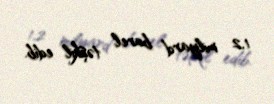
1,2 milyard barel təşkil edib.